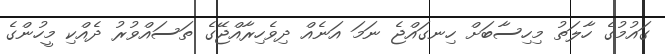
ގައުމުގެ ހާލަތު މިހިސާބަށް ހިނގައްޖެ ނަމަ އަނެއް ދިވެހިރާއްޖޭގެ ތަސައްވުރު ދެއްކި މީހުންގެ